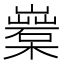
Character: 𣞏